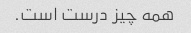
همه چیز درست است.